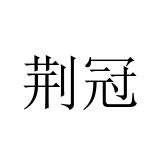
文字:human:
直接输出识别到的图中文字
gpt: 荆冠